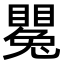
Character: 𥋥